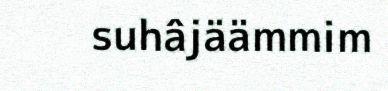
suhâjäämmim